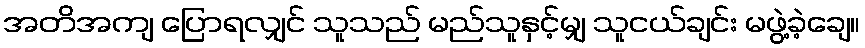
အတိအကျ ပြောရလျှင် သူသည် မည်သူနှင့်မျှ သူငယ်ချင်း မဖွဲ့ခဲ့ချေ။